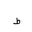
Letter: _da